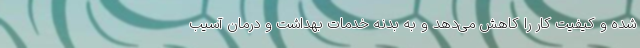
شده و کیفیت کار را کاهش می‌دهد و به بدنه خدمات بهداشت و درمان آسیب